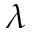
\lambda